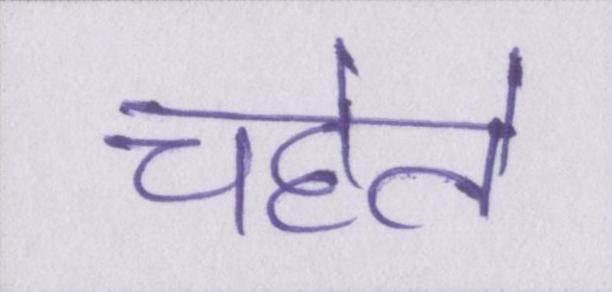
चहेते